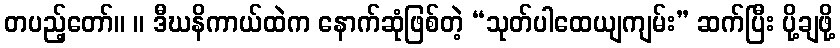
တပည့်တော်။ ။ ဒီဃနိကာယ်ထဲက နောက်ဆုံဖြစ်တဲ့ “သုတ်ပါထေယျကျမ်း” ဆက်ပြီး ပို့ချဖို့